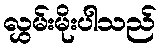
လွှမ်းမိုးပါသည်